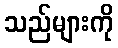
သည်များကို